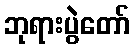
ဘုရားပွဲတော်